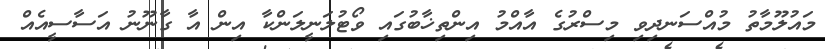
މައުލޫމާތު މުއްސަނދިވި މިސްރުގެ އާއްމު އިންތިޚާބުގައި ވޯޓުލަނީލަންކާ އިން އާ ގާނޫނު އަސާސީއެއް